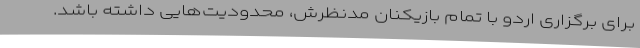
برای برگزاری اردو با تمام بازیکنان مدنظرش، محدودیت‌هایی داشته باشد.